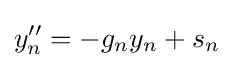
y''_{n}=-g_{n}y_{n}+s_{n}